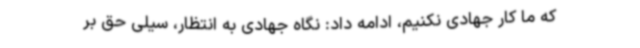
که ما کار جهادی نکنیم، ادامه داد: نگاه جهادی به انتظار، سیلی حق بر